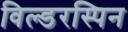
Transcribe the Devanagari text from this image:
विल्डरस्पिन